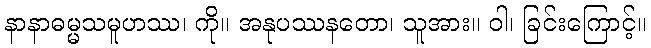
နာနာဓမ္မသမူဟဿ၊ ကို။ အနုပဿနတော၊ သူအား။ ဝါ၊ ခြင်းကြောင့်။